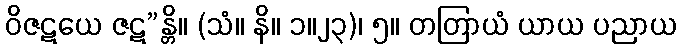
ဝိဇဋယေ ဇဋ”န္တိ။ (သံ။ နိ။ ၁။၂၃)၊ ၅။ တတြာယံ ယာယ ပညာယ